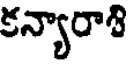
కన్యారాశి